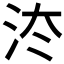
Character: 𰛔